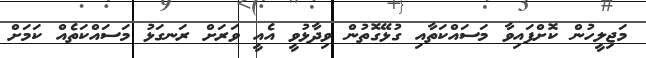
މަޖިލީހުން ކޮށްފައިވާ މަސައްކަތާއި ގުޅޭގޮތުން ވިދާޅުވީ އެއީ ވަރަށް ރަނގަޅު މަސައްކަތެއް ކަމަށް